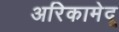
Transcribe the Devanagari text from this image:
अरिकामेदू